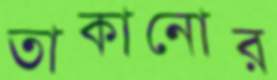
তাকানোর